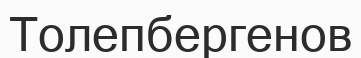
Толепбергенов